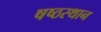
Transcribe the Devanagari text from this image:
षष्ठस्थान